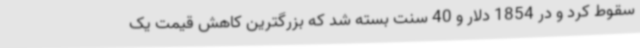
سقوط کرد و در 1854 دلار و 40 سنت بسته شد که بزرگترین کاهش قیمت یک